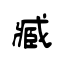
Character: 臧